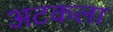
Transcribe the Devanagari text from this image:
अटकला